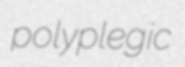
polyplegic